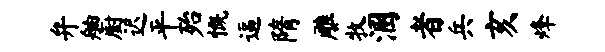
弁舳厨迟平殆慨逼隋雕牧溷者兵亥烽